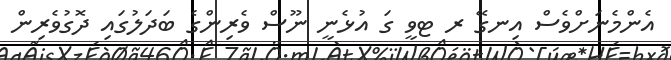
އެންމެނަށްވެސް އިނގޭ ރ ޓވީ ގަ އުޅެނީ ނޫސް ވެރިންގެ ބަދަލުގައި ދޮގުވެރިން